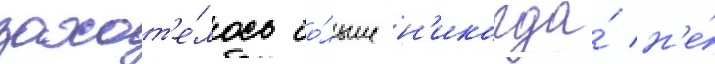
захот'е́лось бо́льше н'икогда́ н'е́